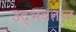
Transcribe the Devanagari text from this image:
उद्‍भवतात